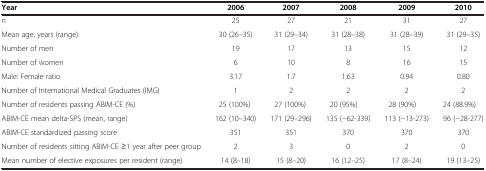
<table><thead><tr><td><b>Year</b></td><td><b>2006</b></td><td><b>2007</b></td><td><b>2008</b></td><td><b>2009</b></td><td><b>2010</b></td></tr></thead><tbody><tr><td>n</td><td>25</td><td>27</td><td>21</td><td>31</td><td>27</td></tr><tr><td>Mean age, years (range)</td><td>30 (26–35)</td><td>31 (29–34)</td><td>31 (28–38)</td><td>31 (28–39)</td><td>31 (29–35)</td></tr><tr><td>Number of men</td><td>19</td><td>17</td><td>13</td><td>15</td><td>12</td></tr><tr><td>Number of women</td><td>6</td><td>10</td><td>8</td><td>16</td><td>15</td></tr><tr><td>Male: Female ratio</td><td>3.17</td><td>1.7</td><td>1.63</td><td>0.94</td><td>0.80</td></tr><tr><td>Number of International Medical Graduates (IMG)</td><td>1</td><td>2</td><td>2</td><td>2</td><td>2</td></tr><tr><td>Number of residents passing ABIM-CE (%)</td><td>25 (100%)</td><td>27 (100%)</td><td>20 (95%)</td><td>28 (90%)</td><td>24 (88.9%)</td></tr><tr><td>ABIM-CE mean delta-SPS (mean, range)</td><td>162 (10–340)</td><td>171 (29–296)</td><td>135 (−62-339)</td><td>113 (−13-273)</td><td>96 (−28-277)</td></tr><tr><td>ABIM-CE standardized passing score</td><td>351</td><td>351</td><td>370</td><td>370</td><td>370</td></tr><tr><td>Number of residents sitting ABIM-CE ≥1 year after peer group</td><td>2</td><td>3</td><td>0</td><td>2</td><td>0</td></tr><tr><td>Mean number of elective exposures per resident (range)</td><td>14 (8–18)</td><td>15 (8–20)</td><td>16 (12–25)</td><td>17 (8–24)</td><td>19 (13–25)</td></tr></tbody></table>